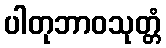
ပါတုဘာဝသုတ္တံ